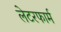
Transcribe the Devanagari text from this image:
लेटरफार्म